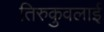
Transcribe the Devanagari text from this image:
तिरुकुवलाई